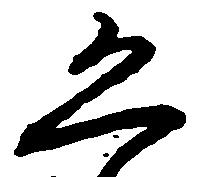
恐